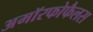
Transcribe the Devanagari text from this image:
अमॉरफोफैलस